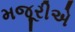
મજૂરીએ